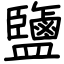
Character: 鹽